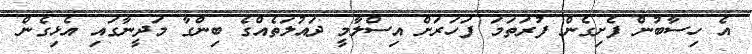
އެ ހިސާބުން ފެށިގެން ފުރަތަމަ ފަހަރަށް އިސްލާމީ ދައުލަތެއްގެ ބިންގާ މަދީނާގައި އެޅިގެން